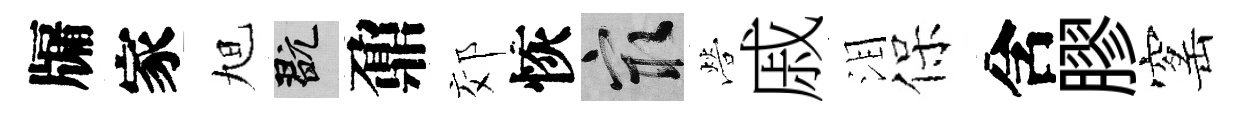
牖家旭玩鼐郊恢冣營戚泪保含膠窰